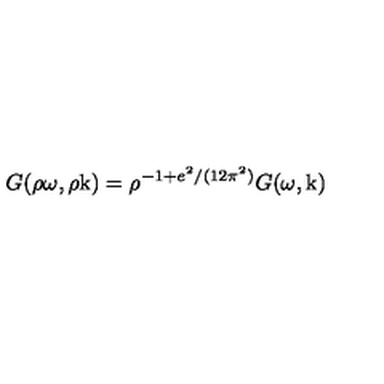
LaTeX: G ( \rho \omega , \rho \mathrm { \boldmath k } ) = \rho ^ { - 1 + e ^ { 2 } / ( 1 2 \pi ^ { 2 } ) } G ( \omega , \mathrm { \boldmath k } )